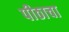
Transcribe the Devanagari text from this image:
पीठाचा